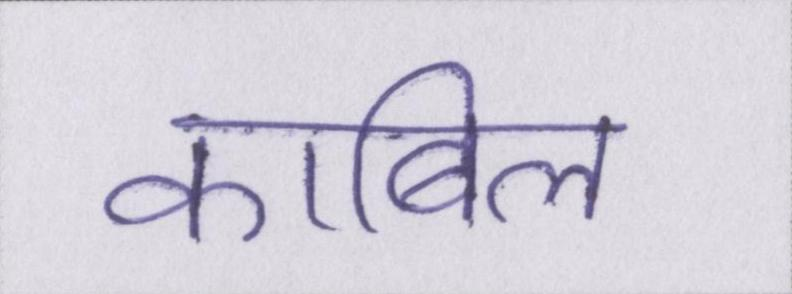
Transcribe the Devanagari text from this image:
काबिल